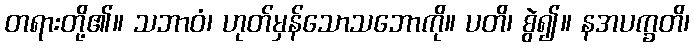
တရားတို့၏။ သဘာဝံ၊ ဟုတ်မှန်သောသဘောကို။ ပတိ၊ စွဲ၍။ နအပက္ခတိ၊